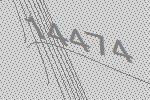
14474